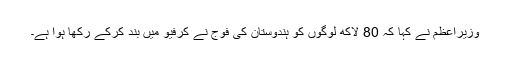
وزیراعظم نے کہا کہ 80 لاکھ لوگوں کو ہندوستان کی فوج نے کرفیو میں بند کرکے رکھا ہوا ہے۔